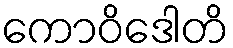
ကောဝိဒေါတိ